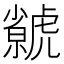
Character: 𧈅